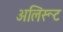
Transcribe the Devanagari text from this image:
अलिरूट